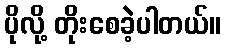
ပိုလို့ တိုးစေခဲ့ပါတယ်။